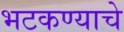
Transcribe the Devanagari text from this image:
भटकण्याचे